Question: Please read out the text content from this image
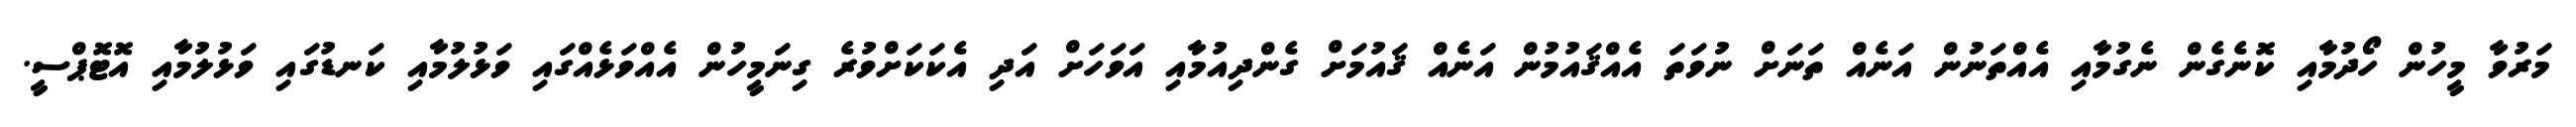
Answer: މަރުވާ މީހުން ހޯދުމާއި ކޮނެގެން ނެގުމާއި އެއްތަނުން އަނެއް ތަނަށް ނުވަތަ އެއްޤައުމުން އަނެއް ޤައުމަށް ގެންދިއުމާއި އަވަހަށް އަދި އެކަކަށްވުރެ ގިނަމީހުން އެއްވަޅެއްގައި ވަޅުލުމާއި ކަނޑުގައި ވަޅުލުމާއި އޮޓޮޕްސީ.